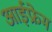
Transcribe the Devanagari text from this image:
आईफ्रेम